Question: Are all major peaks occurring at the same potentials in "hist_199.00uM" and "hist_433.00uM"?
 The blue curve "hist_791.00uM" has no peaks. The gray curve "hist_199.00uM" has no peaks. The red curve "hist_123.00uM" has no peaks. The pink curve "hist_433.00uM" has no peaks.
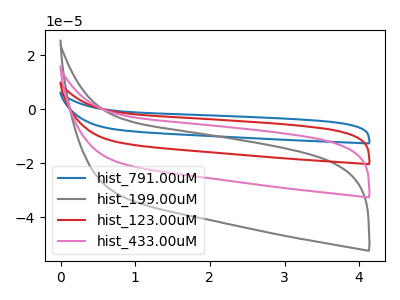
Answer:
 <answer>Niether CV has any peaks.</answer>
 <eval>blanks</eval>